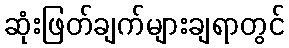
ဆုံးဖြတ်ချက်များချရာတွင်